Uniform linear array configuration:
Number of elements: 4
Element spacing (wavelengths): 0.25
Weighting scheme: hamming
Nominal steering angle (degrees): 45
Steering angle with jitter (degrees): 44.368
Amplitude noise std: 0.05
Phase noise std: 0.05

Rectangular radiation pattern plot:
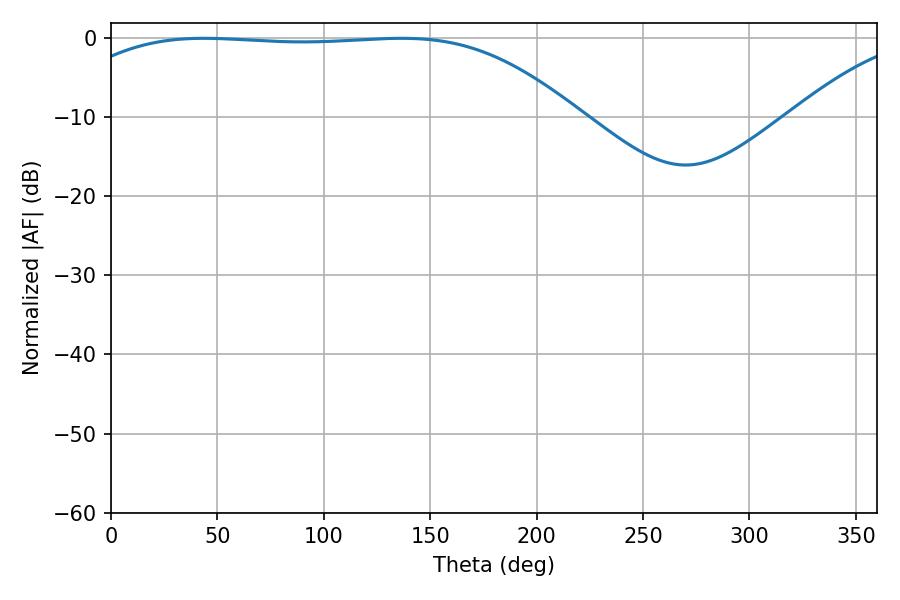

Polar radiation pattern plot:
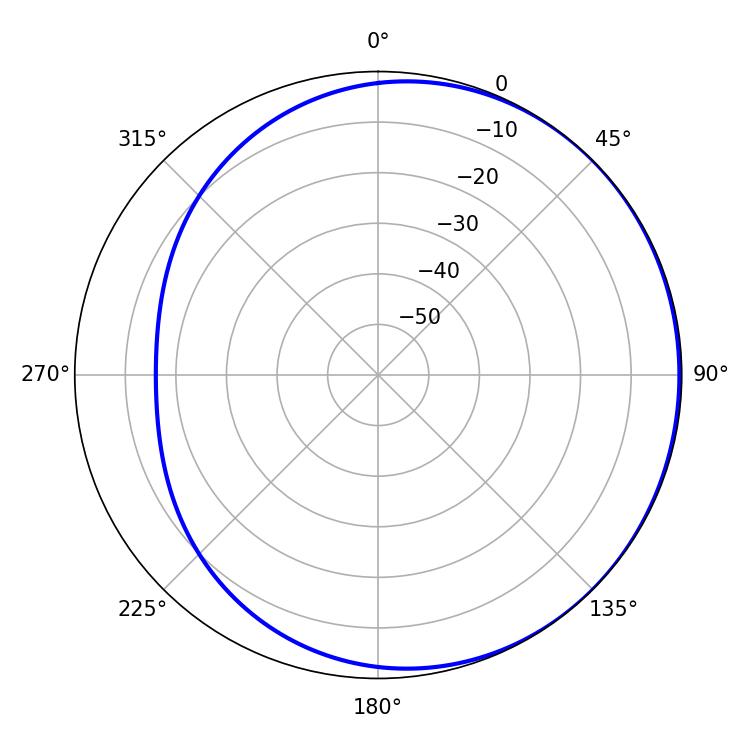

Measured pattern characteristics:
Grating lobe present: FALSE
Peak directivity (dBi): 0.7397
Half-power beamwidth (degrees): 185.76
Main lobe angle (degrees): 43.56